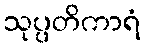
သုပ္ပတိကာရံ